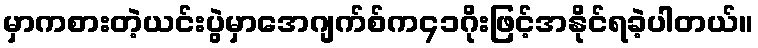
မှာကစားတဲ့ယင်းပွဲမှာအေဂျက်စ်က၄၁ဂိုးဖြင့်အနိုင်ရခဲ့ပါတယ်။